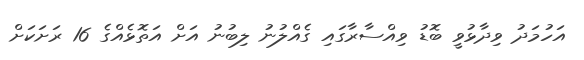
އަހުމަދު ވިދާޅުވީ ބޮޑު ވިއްސާރާގައި ގެއްލުނު ލިބުނު އަށް އަތޮޅެއްގެ 16 ރަށަކަށް